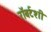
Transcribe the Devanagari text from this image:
रॉबर्टशी